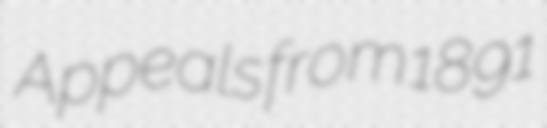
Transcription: Appeals from 1891